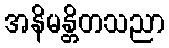
အနိမန္တိတသညာ